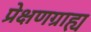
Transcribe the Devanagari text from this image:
प्रेक्षणग्राह्य